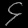
Digit: ၄